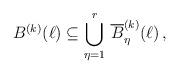
LaTeX: \begin{align*}B^{(k)}(\ell)\subseteq \bigcup_{{\eta}=1}^r\, \overline{B}_{\eta}^{(k)}(\ell)\,,\end{align*}